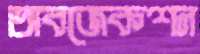
অবজেকশন